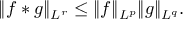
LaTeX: \| f \ast g \| _ { L ^ { r } } \leq \| f \| _ { L ^ { p } } \| g \| _ { L ^ { q } } .